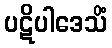
ပဋိပါဒေသိံ